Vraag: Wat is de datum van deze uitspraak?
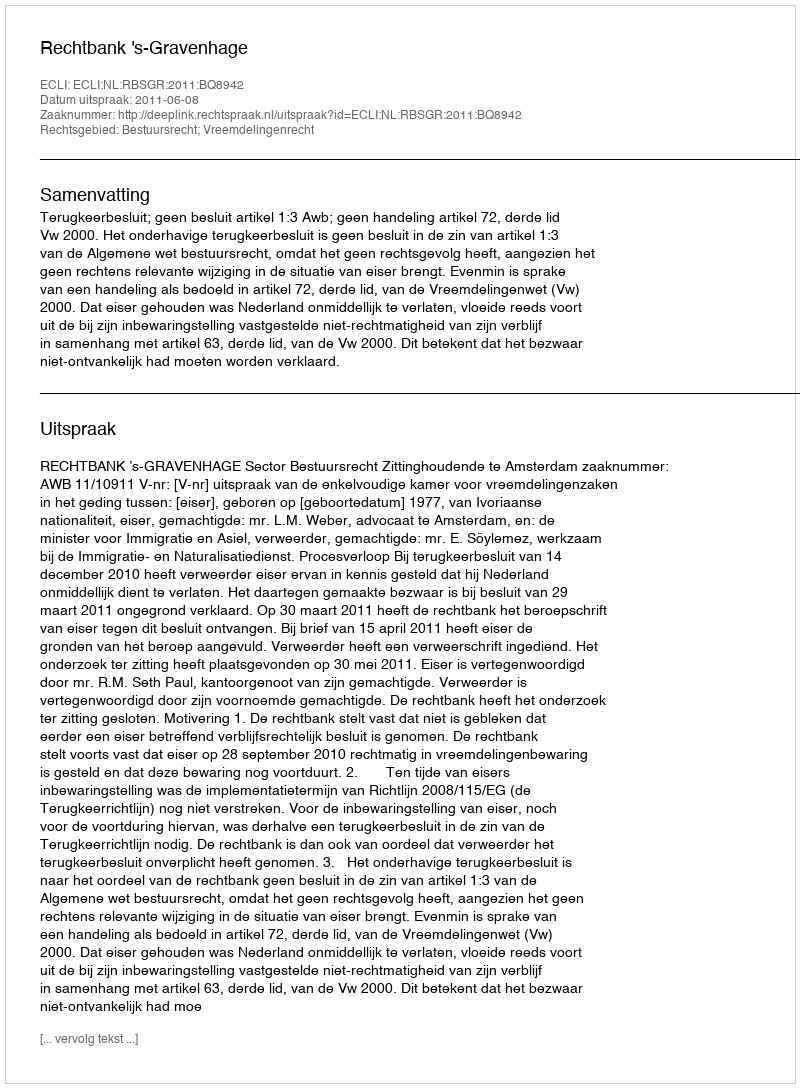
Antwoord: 2011-06-08